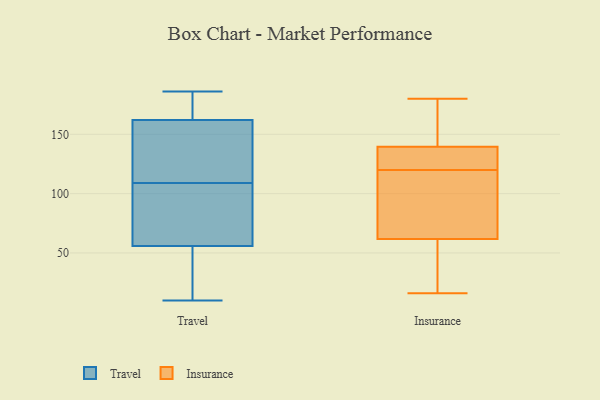
{"axis": {"x": "Market Share (%)", "y": "Value"}, "legend": ["Insurance", "Travel"], "data": [{"x": "", "y": 186, "type": "Travel"}, {"x": "", "y": 177, "type": "Travel"}, {"x": "", "y": 109, "type": "Travel"}, {"x": "", "y": 61, "type": "Travel"}, {"x": "", "y": 82, "type": "Travel"}, {"x": "", "y": 173, "type": "Travel"}, {"x": "", "y": 54, "type": "Travel"}, {"x": "", "y": 129, "type": "Travel"}, {"x": "", "y": 129, "type": "Travel"}, {"x": "", "y": 113, "type": "Travel"}, {"x": "", "y": 21, "type": "Travel"}, {"x": "", "y": 173, "type": "Travel"}, {"x": "", "y": 11, "type": "Travel"}, {"x": "", "y": 66, "type": "Travel"}, {"x": "", "y": 10, "type": "Travel"}, {"x": "", "y": 180, "type": "Insurance"}, {"x": "", "y": 71, "type": "Insurance"}, {"x": "", "y": 123, "type": "Insurance"}, {"x": "", "y": 134, "type": "Insurance"}, {"x": "", "y": 16, "type": "Insurance"}, {"x": "", "y": 120, "type": "Insurance"}, {"x": "", "y": 157, "type": "Insurance"}, {"x": "", "y": 127, "type": "Insurance"}, {"x": "", "y": 156, "type": "Insurance"}, {"x": "", "y": 17, "type": "Insurance"}, {"x": "", "y": 34, "type": "Insurance"}, {"x": "", "y": 87, "type": "Insurance"}, {"x": "", "y": 79, "type": "Insurance"}]}